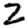
Digit: 2